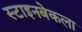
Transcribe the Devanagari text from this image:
स्टाइनबेकला